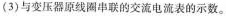
(3)与变压器原线圈串联的交流电流表的示数。